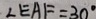
\angle E A F = 3 0 ^ { \circ }